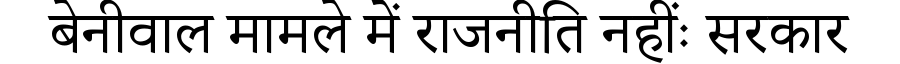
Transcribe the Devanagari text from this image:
बेनीवाल मामले में राजनीति नहींः सरकार